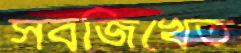
সবজিখেত